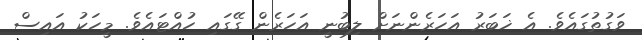
ވަގުތުގައެވެ. އެ ޚަބަރު އަހަރެންނަށް ލިބުނީ އަހަރެން ގޭގައި ހުއްޓައެވެ. މީހަކު އައިސް